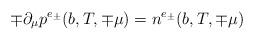
LaTeX: \begin{align*}\mp \partial_\mu p^{e_\pm}(b,T,\mp \mu)=n^{e_\pm}(b,T,\mp \mu)\end{align*}